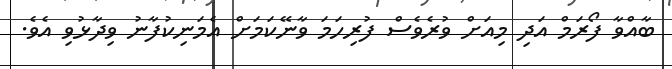
ބާއްވާ ފޯރަމް އަދި މިއަށް ވުރެވެސް ފުރިހަމަ ވާނޭކަމަށް އެމަނިކުފާނު ވިދާޅުވި އެވެ.